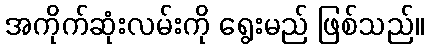
အကိုက်ဆုံးလမ်းကို ရွေးမည် ဖြစ်သည်။